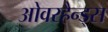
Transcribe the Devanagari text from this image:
ओवरहैन्ड्स